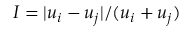
I = \lvert u _ { i } - u _ { j } \rvert / ( u _ { i } + u _ { j } )